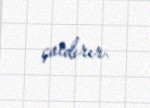
çatdırır.